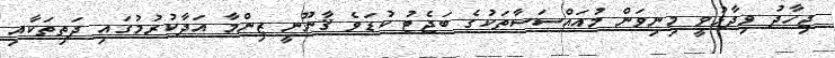
ޖިހާދު ވިދާޅުވީ މިނިވަން މުއައްސަސާތަކުގެ ބަޖެޓު ކުޑަވެ ޤާނޫނީ ޒިންމާ އަދާކުރުމުގައި ދަތިތަކާއި